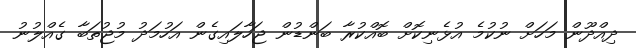
ދިއްދޫން މަހަށް ނުކުމެ އުޅެނިކޮށް ބޮއްކުރާ ބަންޑުން ޖަހާލައިގެން އަހުމަދު މުޖުތަބާ ގެއްލުނު